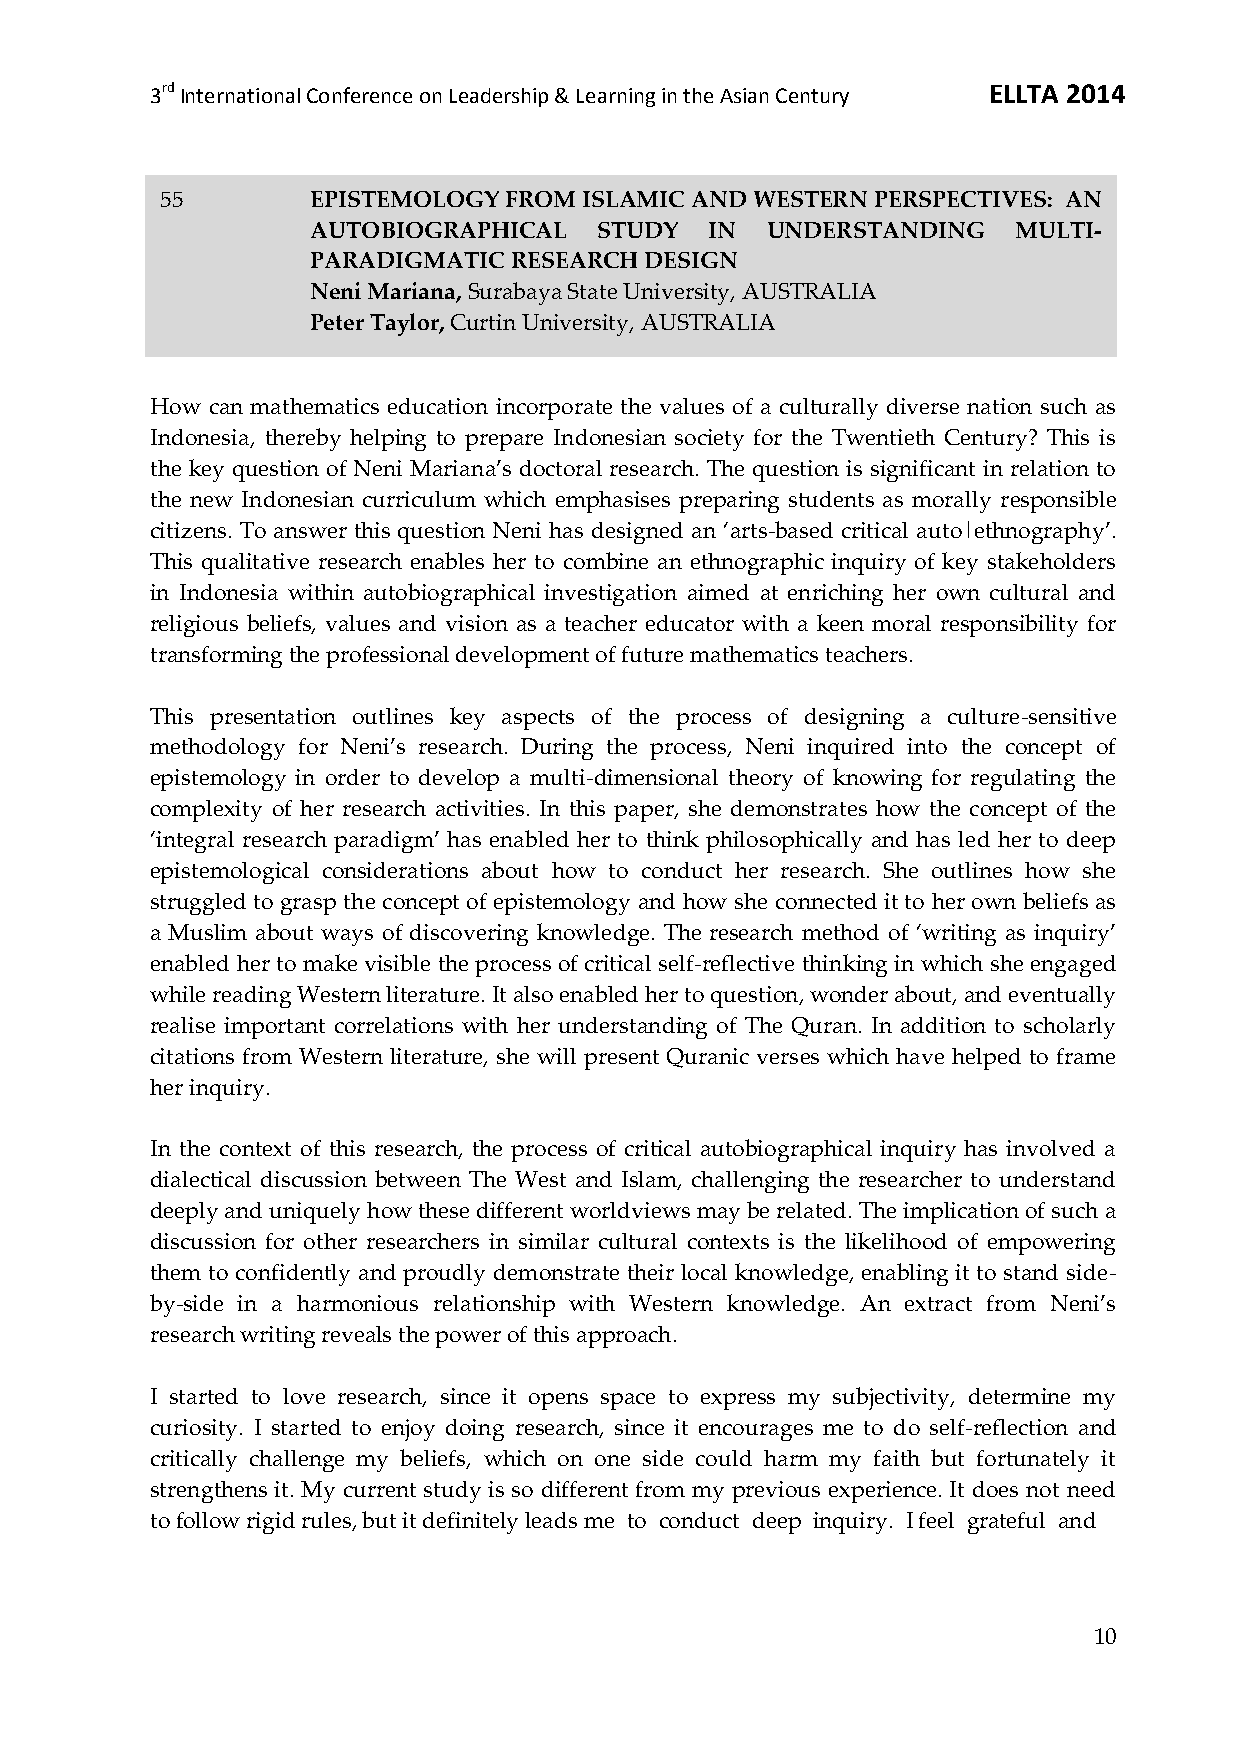
3rd International Conference on Leadership & Learning in the Asian Century ELLTA 2014
 55        EPISTEMOLOGY FROM ISLAMIC AND WESTERN PERSPECTIVES: AN
 AUTOBIOGRAPHICAL   STUDY  IN  UNDERSTANDING   MULTI-
 PARADIGMATIC RESEARCH DESIGN
 Neni Mariana, Surabaya State University, AUSTRALIA
 Peter Taylor, Curtin University, AUSTRALIA
 How can mathematics education incorporate the values of a culturally diverse nation such as
 Indonesia, thereby helping to prepare Indonesian society for the Twentieth Century? This is
 the key question of Neni Mariana’s doctoral research. The question is significant in relation to
 the new Indonesian curriculum which emphasises preparing students as morally responsible
 citizens. To answer this question Neni has designed an ‘arts-based critical auto|ethnography’.
 This qualitative research enables her to combine an ethnographic inquiry of key stakeholders
 in Indonesia within autobiographical investigation aimed at enriching her own cultural and
 religious beliefs, values and vision as a teacher educator with a keen moral responsibility for
 transforming the professional development of future mathematics teachers.
 This presentation outlines key aspects of the process of designing a culture-sensitive
 methodology for Neni’s research. During the process, Neni inquired into the concept of
 epistemology in order to develop a multi-dimensional theory of knowing for regulating the
 complexity of her research activities. In this paper, she demonstrates how the concept of the
 ‘integral research paradigm’ has enabled her to think philosophically and has led her to deep
 epistemological considerations about how to conduct her research. She outlines how she
 struggled to grasp the concept of epistemology and how she connected it to her own beliefs as
 a Muslim about ways of discovering knowledge. The research method of ‘writing as inquiry’
 enabled her to make visible the process of critical self-reflective thinking in which she engaged
 while reading Western literature. It also enabled her to question, wonder about, and eventually
 realise important correlations with her understanding of The Quran. In addition to scholarly
 citations from Western literature, she will present Quranic verses which have helped to frame
 her inquiry.
 In the context of this research, the process of critical autobiographical inquiry has involved a
 dialectical discussion between The West and Islam, challenging the researcher to understand
 deeply and uniquely how these different worldviews may be related. The implication of such a
 discussion for other researchers in similar cultural contexts is the likelihood of empowering
 them to confidently and proudly demonstrate their local knowledge, enabling it to stand side-
 by-side in a harmonious relationship with Western knowledge. An extract from Neni’s
 research writing reveals the power of this approach.
 I started to love research, since it opens space to express my subjectivity, determine my
 curiosity. I started to enjoy doing research, since it encourages me to do self-reflection and
 critically challenge my beliefs, which on one side could harm my faith but fortunately it
 strengthens it. My current study is so different from my previous experience. It does not need
 to follow rigid rules, but it definitely leads me to conduct deep inquiry. I feel grateful and
 10